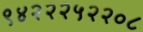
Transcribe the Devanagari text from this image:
९४२२२५२२०८